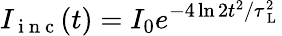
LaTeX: I_{\mathrm{~i~n~c~}}(t)=I_{0}e^{-4\ln 2t^{2}/\tau_{\mathrm{~L~}}^{2}}